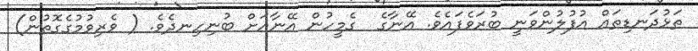
ތަޅުދަނޑިތައް އުފުލުންވަނީ ބުރަވެފައެވެ. އޭނާގެ  ގެމީހުން އޭނާއަށް ބުނިހިނދެވެ. ( ވެރިވުމުގެގޮތުން)